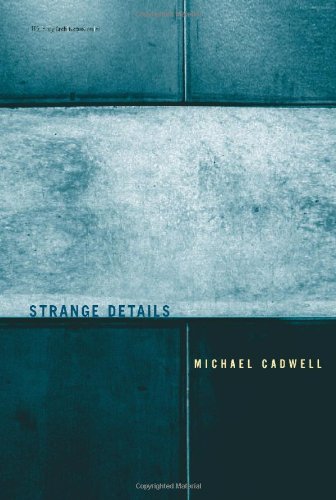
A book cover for Strange Details (Writing Architecture); Michael Cadwell; Arts & Photography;